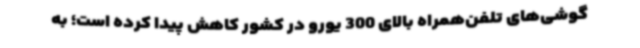
گوشی‌های تلفن‌همراه بالای 300 یورو در کشور کاهش پیدا کرده است؛ به‌